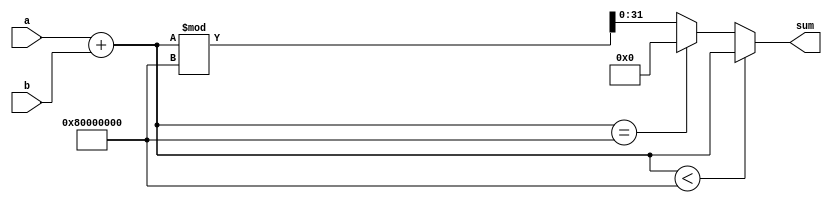
module Modulo_Addition #(parameter two_32=40'd2147483648)(
    input [31:0] a,
    input [31:0] b,
    output reg [31:0] sum
);
    integer a1,b1,sum1;
    
    always@(*)
    begin
        a1 <= a;
        b1 <= b;
        sum1 <= a1 + b1;
        if (sum1 < two_32)
            sum <= sum1;
        else if (sum1 == two_32)
            sum <= 32'd0;
        else
            sum <= sum1 % two_32;      
    end
endmodule